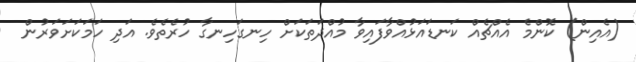
(އެއިން) ކޮންމެ އެއްޗެއް ކަނޑައަޅުއްވާފައިވާ މުއްދަތަކަށް ހިނގަހިނގާ ހުރެތެވެ. އަދި ހަމަކަށަވަރުން